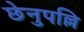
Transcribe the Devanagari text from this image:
छेनुपल्लि